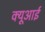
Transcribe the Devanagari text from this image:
क्यूआई